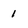
Character: 1